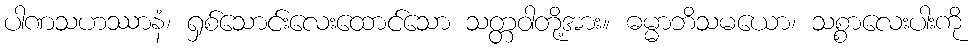
ပါဏသဟဿာနံ၊ ရှစ်သောင်းလေးထောင်သော သတ္တဝါတို့အား။ ဓမ္မာဘိသမယော၊ သစ္စာလေးပါးကို